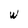
Character: W